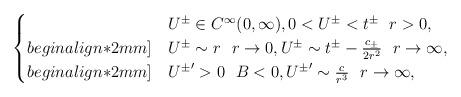
LaTeX: \begin{align*}\begin{cases}&U^\pm\in C^\infty(0,\infty),0< U^\pm<t^\pm ~~r>0,\\begin{align*}2mm]&U^\pm\sim r ~~r\rightarrow 0,U^\pm\sim t^\pm-\frac{c_\pm}{2r^2}~~r\rightarrow \infty,\\begin{align*}2mm]&{U^\pm}'>0~~B<0,{U^\pm}'\sim \frac{c}{r^3}~~r\rightarrow \infty,\end{cases}\end{align*}